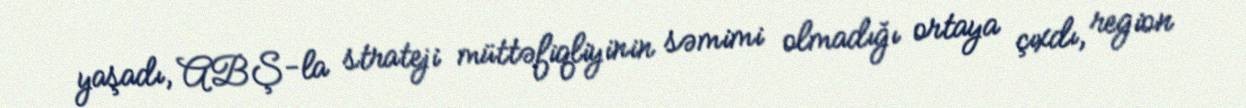
yaşadı, ABŞ-la strateji müttəfiqliyinin səmimi olmadığı ortaya çıxdı, region